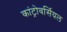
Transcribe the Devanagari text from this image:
कांट्रोवर्सियल